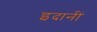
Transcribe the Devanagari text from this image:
इदानीं